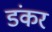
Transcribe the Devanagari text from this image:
डंकर